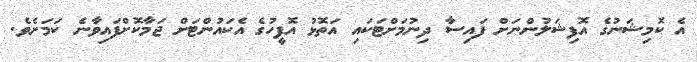
އެ ކޮމިޝަނުގެ އޮފިޝަލުންނަށް ފައިސާ ދިނުމަށްޓަކައި އަތޮޅު އޮފީހުގެ އެކައުންޓަށް ޖަމާކޮށްފައިވާނެ ކަމަށެވެ.